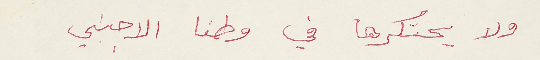
ولا يحتكرها في وطنا الاجنبي